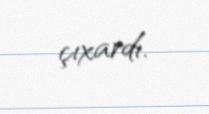
çıxardı.